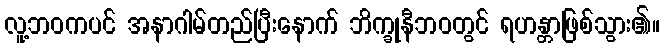
လူ့ဘဝကပင် အနာဂါမ်တည်ပြီးနောက် ဘိက္ခုနီဘဝတွင် ရဟန္တာဖြစ်သွား၏။